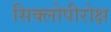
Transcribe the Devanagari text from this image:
सिक्लोपीरोक्ष